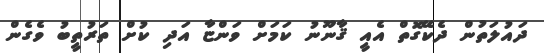
ދައުލަތުން ދެކޭގޮތް އެއީ ޤާނޫނު ކަމަށް ވަންޏާ އަދި ކުށް ތަރުތީބު ވެގެން